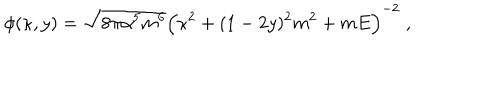
\phi ( \kappa , y ) = \sqrt { 8 \pi \alpha ^ { 5 } m ^ { 6 } } \Bigl ( \kappa ^ { 2 } + ( 1 - 2 y ) ^ { 2 } m ^ { 2 } + m E \Bigr ) ^ { - 2 } \; ,